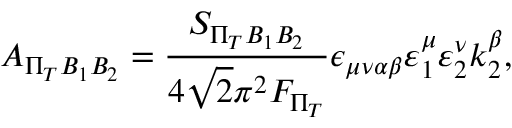
A _ { \Pi _ { T } B _ { 1 } B _ { 2 } } = \frac { S _ { \Pi _ { T } B _ { 1 } B _ { 2 } } } { 4 \sqrt { 2 } \pi ^ { 2 } F _ { \Pi _ { T } } } \epsilon _ { \mu \nu \alpha \beta } \varepsilon _ { 1 } ^ { \mu } \varepsilon _ { 2 } ^ { \nu } k _ { 2 } ^ { \beta } ,